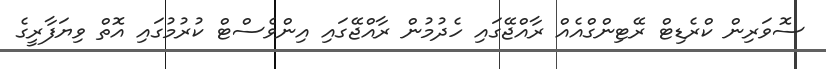
ސޮވަރިން ކްރެޑިޓް ރޭޓިންގްއެއް ރާއްޖޭގައި ހެދުމުން ރާއްޖޭގައި އިންވެސްޓް ކުރުމުގައި އޮތް ވިޔަފާރީގެ